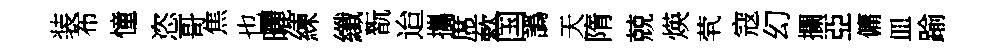
装布憧恣哥焦也曬練纖翫迨攜席蔌国譌天隋兢煐茕寇幻攔亞傭皿踰